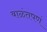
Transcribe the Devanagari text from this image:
बाळंतपणं